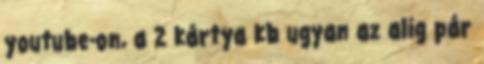
youtube-on, a 2 kártya kb ugyan az alig pár